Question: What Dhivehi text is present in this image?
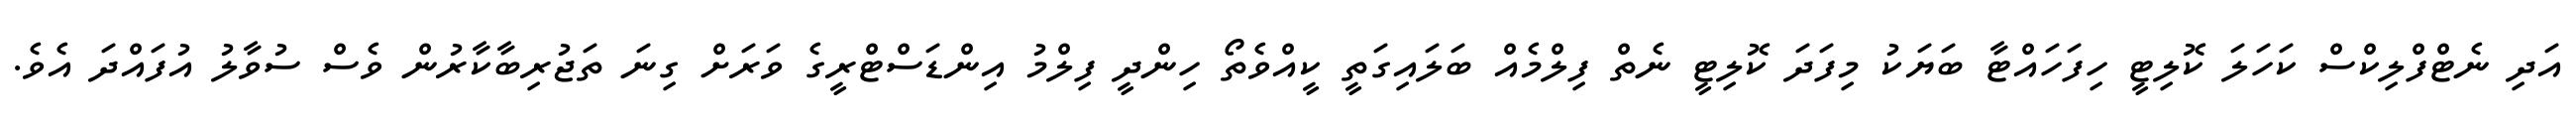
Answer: އަދި ނެޓްފްލިކްސް ކަހަލަ ކޮލިޓީ ހިފަހައްޓާ ބަޔަކު މިފަދަ ކޮލިޓީ ނެތް ފިލްމެއް ބަލައިގަތީ ކީއްވެތޯ ހިންދީ ފިލްމު އިންޑަސްޓްރީގެ ވަރަށް ގިނަ ތަޖުރިބާކާރުން ވެސް ސުވާލު އުފައްދަ އެވެ.